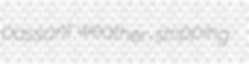
passant weather-stripping